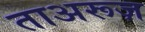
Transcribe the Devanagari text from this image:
ताअरूज़